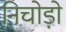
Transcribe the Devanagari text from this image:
निचोड़ो